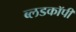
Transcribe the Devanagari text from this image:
ब्लडकॉपी